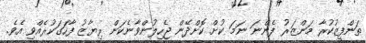
ތަންފީޒުކުރާ މަންޒަރު ފެންނަ ނަމަ ކުށް ކޮށްދޭން ޖެހިލުންވާނެކަން ރިޔާޒު ފާހަގަކުރެއްވި އެވެ.